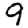
Digit: 9